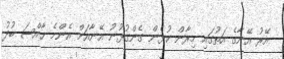
އޭރު އޭނާގެ އަތުގައި މިރާން ކުޅެން ގެންގުޅުނު އޭނާއަށް އެންމެ ޚާއްޞަ ބުދު